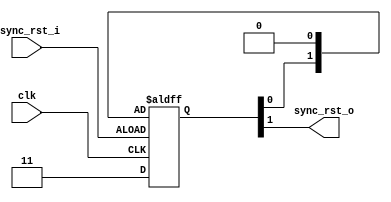
`timescale 1ns / 1ps
module areset_deassert_sync(
  input clk,
  input async_rst_i,
  output sync_rst_o
);
parameter CHAINS = 2;
parameter RST_POL = 1'b1;
reg [CHAINS-1:0] flipflops;
assign sync_rst_o = flipflops[CHAINS-1];
always @(posedge clk or negedge async_rst_i) begin
  if (async_rst_i == RST_POL) begin
    flipflops <= {CHAINS{RST_POL}};
  end
  else begin
    flipflops <= {flipflops[CHAINS-2:0], ~RST_POL};
  end
end
endmodule